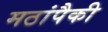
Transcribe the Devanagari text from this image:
मठांपैकी